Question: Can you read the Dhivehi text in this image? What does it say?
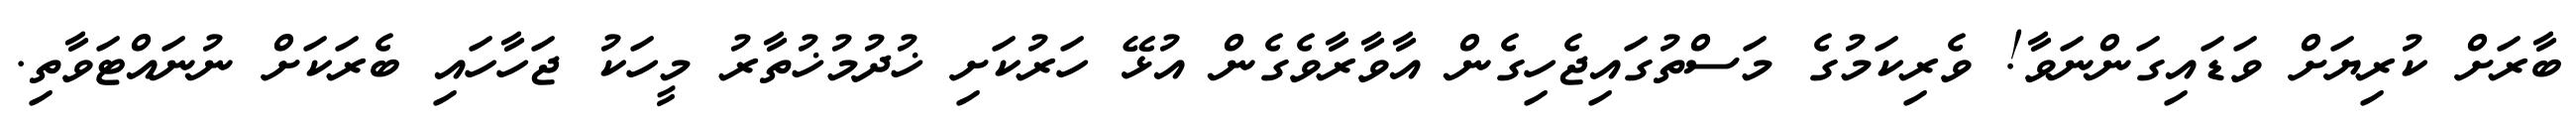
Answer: ބާރަށް ކުރިޔަށް ވަޑައިގަންނަވާ! ވެރިކަމުގެ މަސްތުގައިޖެހިގެން އާވާރާވެގެން އުޅޭ ހަރުކަށި ޚުދުމުޚުތާރު މީހަކު ޖަހާހައި ބެރަކަށް ނުނައްޓަވާތި.